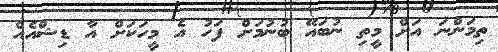
ތިމަންނަ އަށް މީތި ނުބައޭ ބުނުމަށް ފަހު އެ މީހަކަށް އާ ޑިޝްއެއް